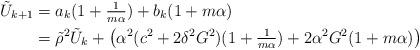
LaTeX: \begin{align*}\tilde U_{k+1} &= a_k(1+\tfrac{1}{m\alpha}) + b_k(1+m\alpha) \\&= \tilde \rho^2 \tilde U_k + \bigl(\alpha^2 ( c^2+2\delta^2 G^2)(1+\tfrac{1}{m\alpha}) +2\alpha^2 G^2(1+m\alpha) \bigr)\end{align*}